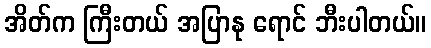
အိတ်က ကြီးတယ် အပြာနု ရောင် ဘီးပါတယ်။